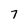
Character: 7